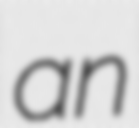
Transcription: an